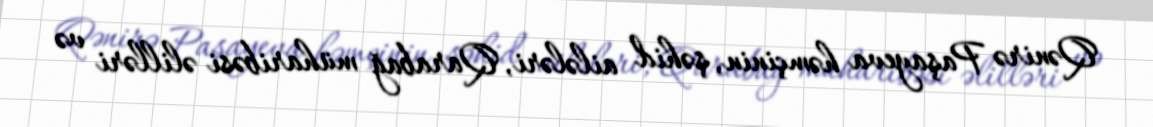
Qənirə Paşayeva həmçinin, şəhid ailələri, Qarabağ müharibəsi əlilləri və